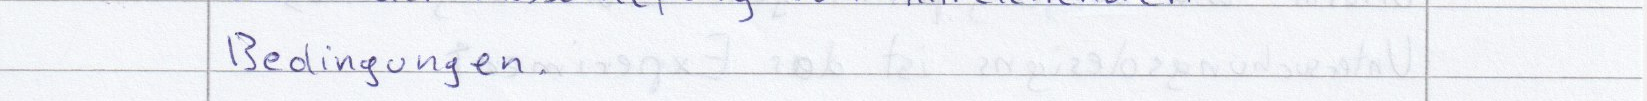
Bedingungen.